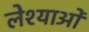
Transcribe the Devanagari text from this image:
लेश्याओं